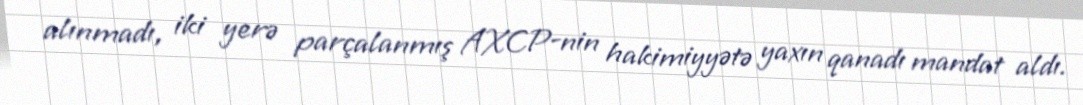
alınmadı, iki yerə parçalanmış AXCP-nin hakimiyyətə yaxın qanadı mandat aldı.